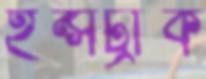
ইন্সট্রাক